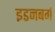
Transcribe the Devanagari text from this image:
इडनबर्ग